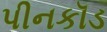
પીનકૉડ